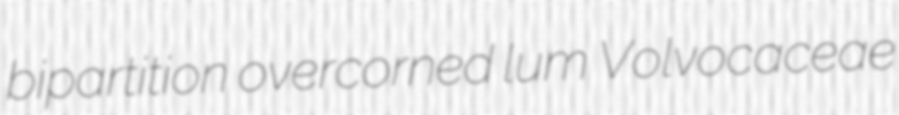
bipartition overcorned lum Volvocaceae